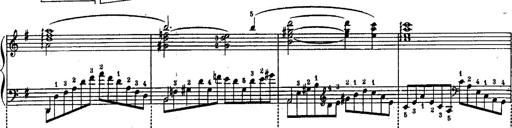
Title: Schubert's Impromptus [revised and edited by Franz Liszt]
Composer: Franz Liszt